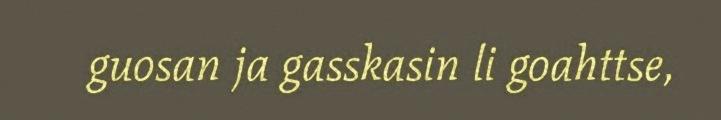
guosan ja gasskasin li goahttse,